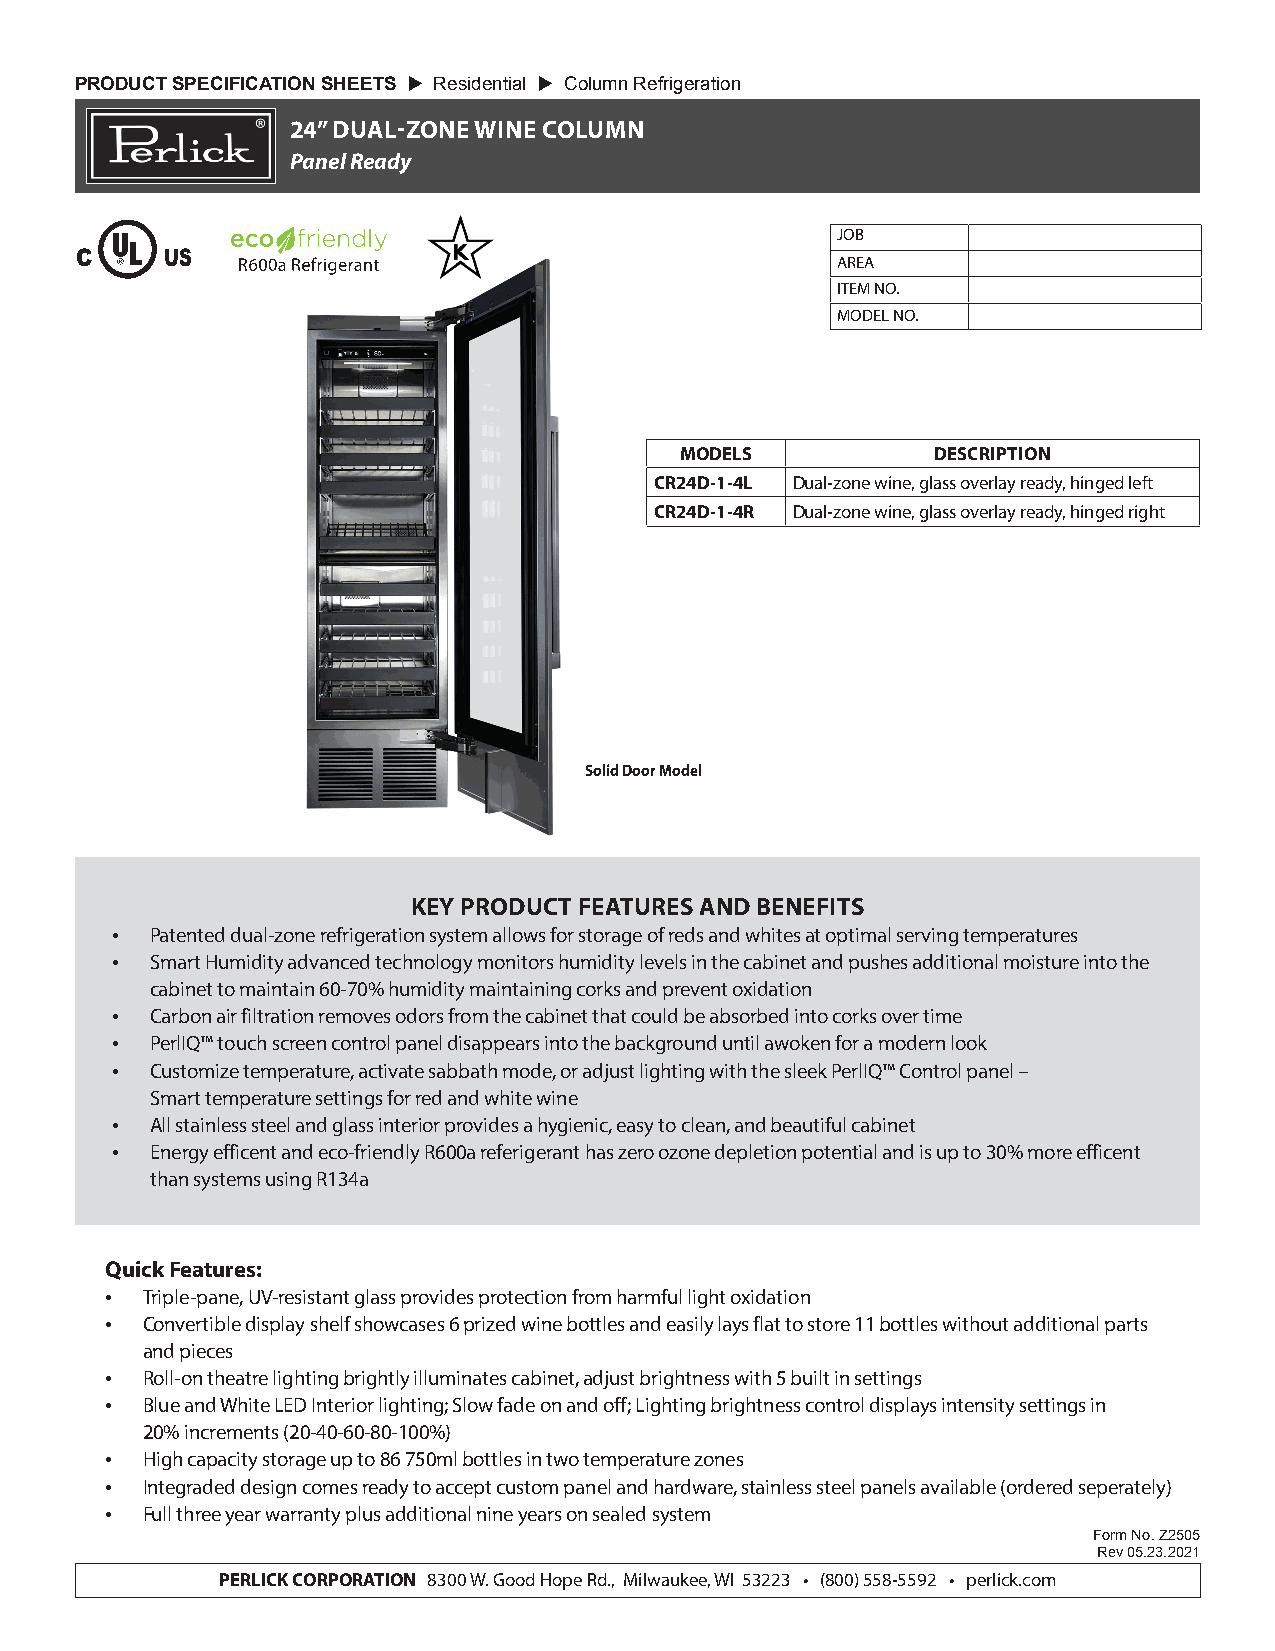
PRODUCT SPECIFICATION SHEETS  Residential  Column Refrigeration
 24” DUAL-ZONE WINE COLUMN
 Panel Ready
 JOB
 C     US                                          AREA
 ITEM NO.
 MODEL NO.
 MODELS           DESCRIPTION
 CR24D-1-4L Dual-zone wine, glass overlay ready, hinged left
 CR24D-1-4R Dual-zone wine, glass overlay ready, hinged right
 Solid Door Model
 KEY PRODUCT FEATURES AND BENEFITS
 •  Patented dual-zone refrigeration system allows for storage of reds and whites at optimal serving temperatures
 •  Smart Humidity advanced technology monitors humidity levels in the cabinet and pushes additional moisture into the
 cabinet to maintain 60-70% humidity maintaining corks and prevent oxidation
 •  Carbon air filtration removes odors from the cabinet that could be absorbed into corks over time
 •  PerlIQ™ touch screen control panel disappears into the background until awoken for a modern look
 •  Customize temperature, activate sabbath mode, or adjust lighting with the sleek PerlIQ™ Control panel –
 Smart temperature settings for red and white wine
 •  All stainless steel and glass interior provides a hygienic, easy to clean, and beautiful cabinet
 •  Energy efficent and eco-friendly R600a referigerant has zero ozone depletion potential and is up to 30% more efficent
 than systems using R134a
 Quick Features:
 • Triple-pane, UV-resistant glass provides protection from harmful light oxidation
 • Convertible display shelf showcases 6 prized wine bottles and easily lays flat to store 11 bottles without additional parts
 and pieces
 • Roll-on theatre lighting brightly illuminates cabinet, adjust brightness with 5 built in settings
 • Blue and White LED Interior lighting; Slow fade on and off; Lighting brightness control displays intensity settings in
 20% increments (20-40-60-80-100%)
 • High capacity storage up to 86 750ml bottles in two temperature zones
 • Integraded design comes ready to accept custom panel and hardware, stainless steel panels available (ordered seperately)
 • Full three year warranty plus additional nine years on sealed system
 Form No. Z2505
 Rev 05.23.2021
 PERLICK CORPORATION 8300 W. Good Hope Rd., Milwaukee, WI 53223 • (800) 558-5592 • perlick.com